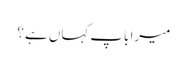
میرا باپ کہاں ہے ؟